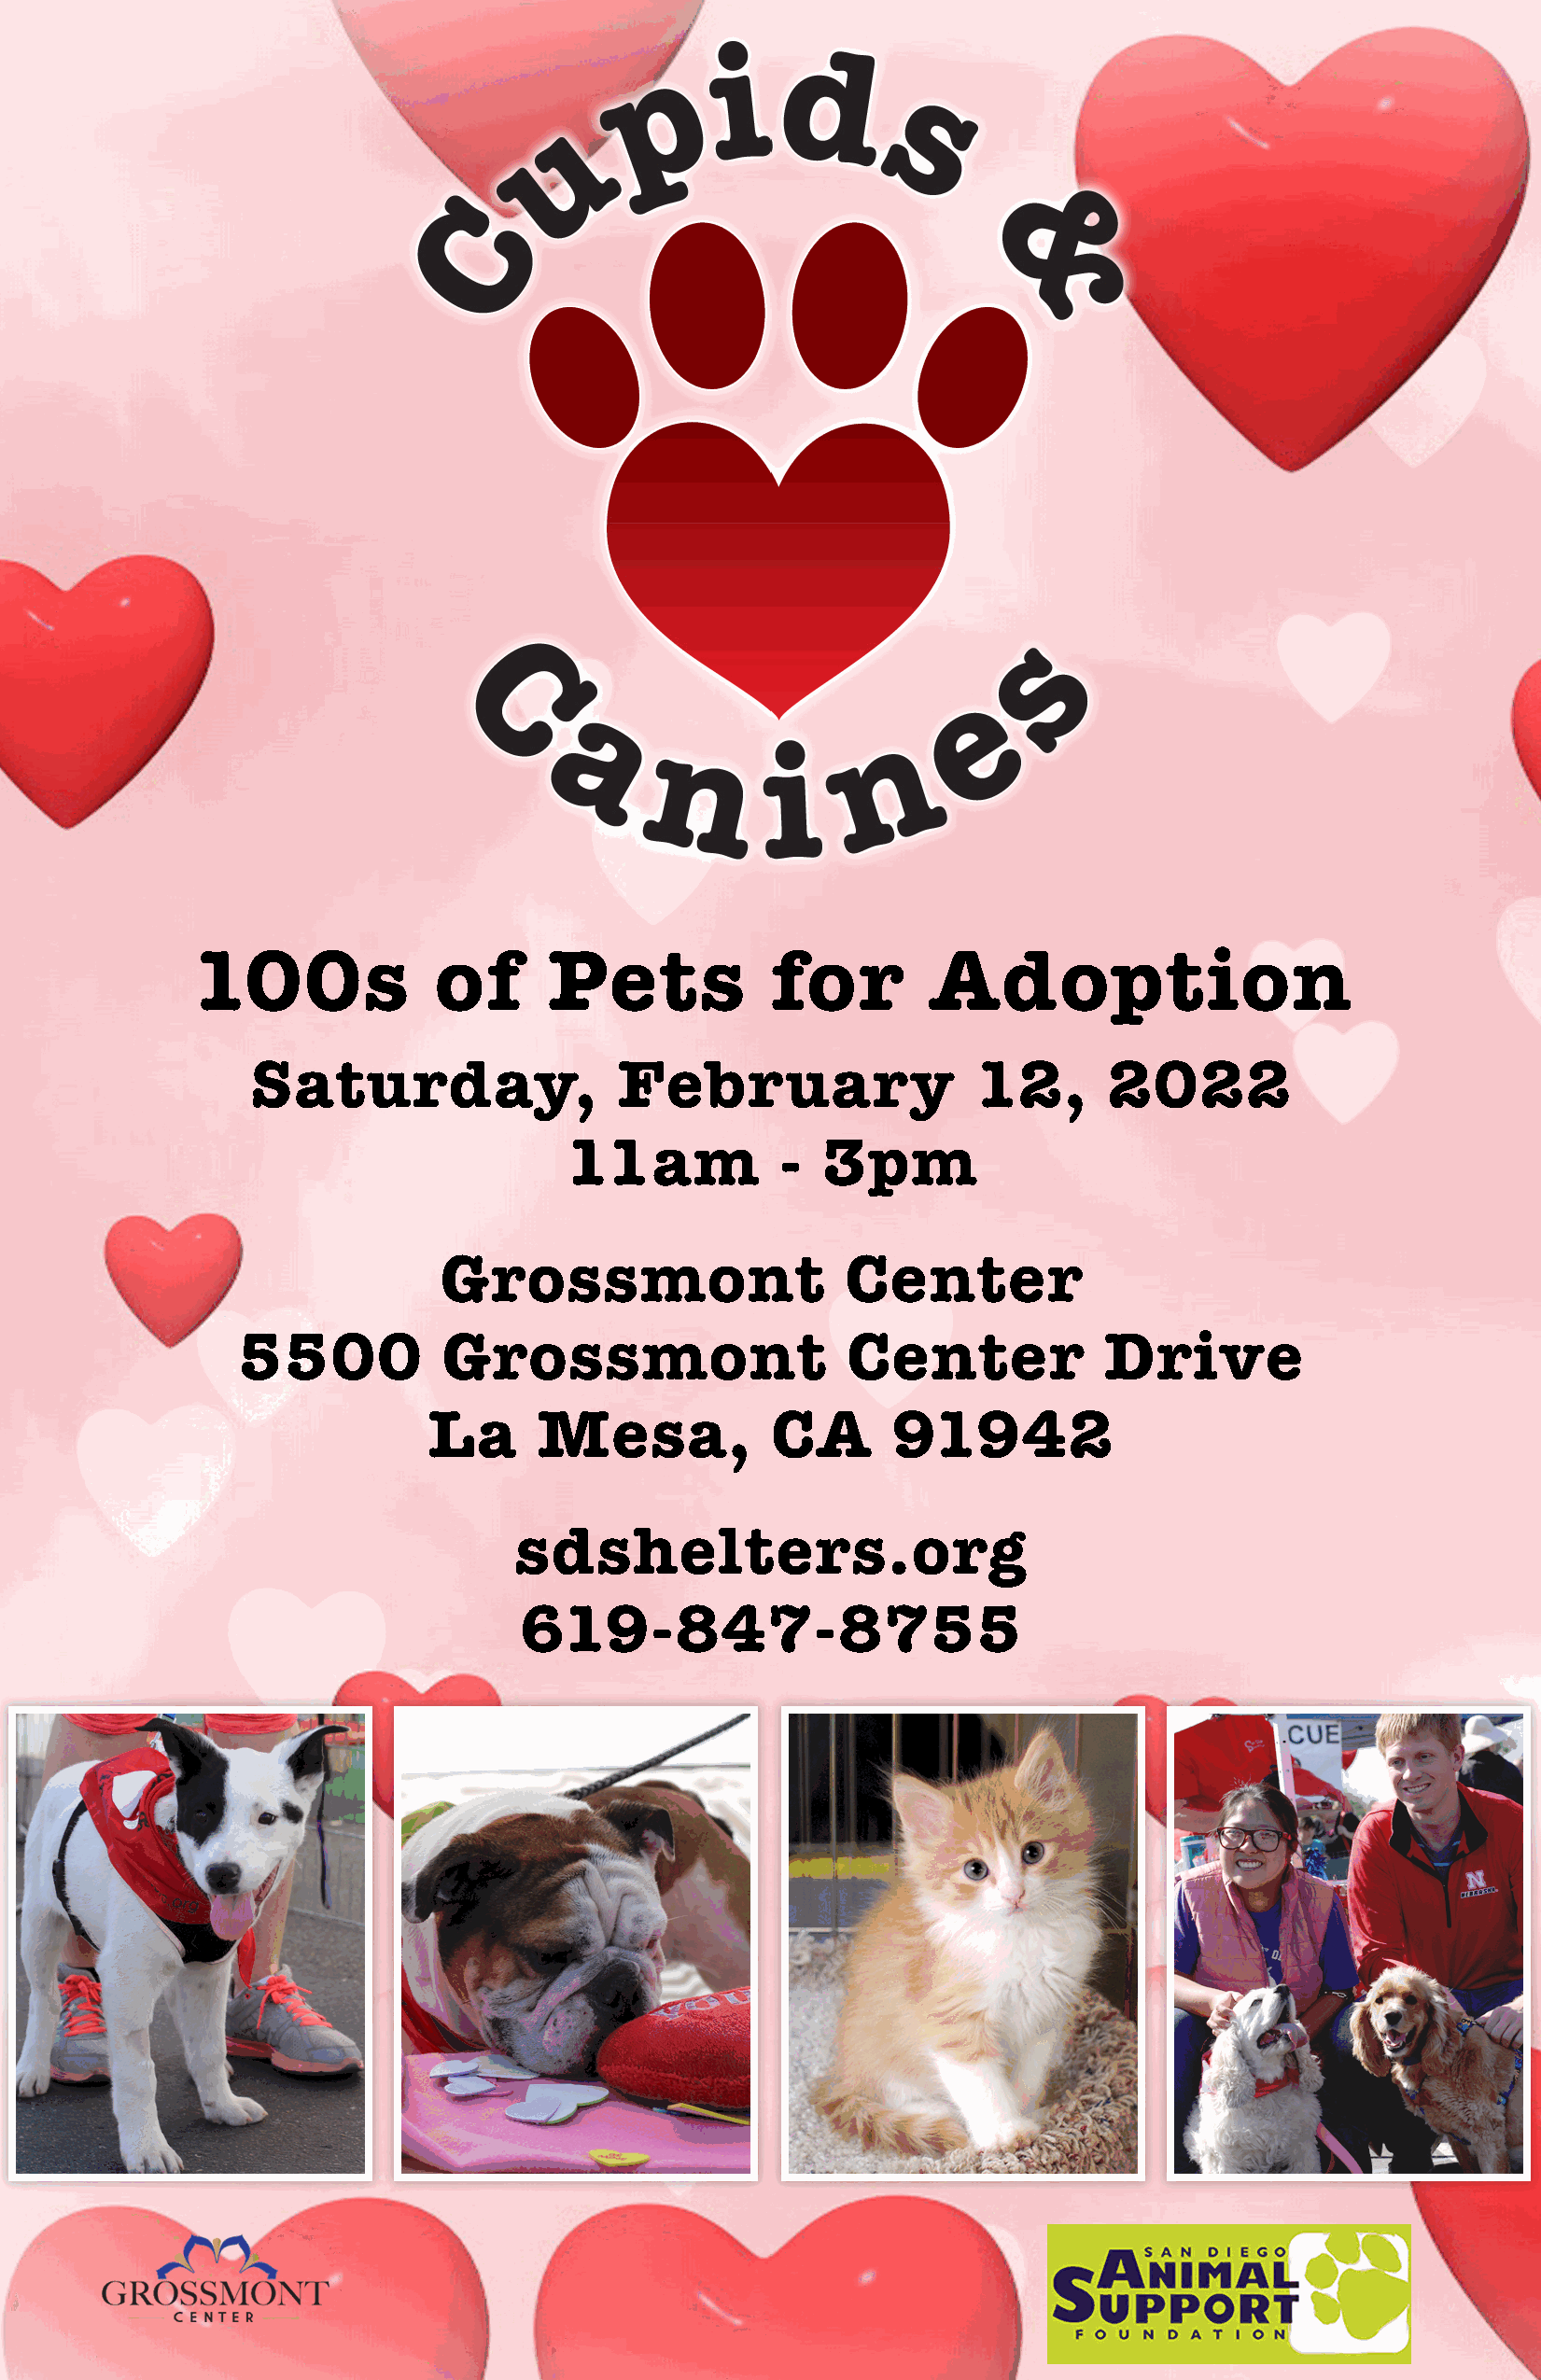
100s              of      Pets            for        Adoption
 Saturday,                 February                 12,      2022
 11am           -  3pm
 Grossmont                    Center
 5500          Grossmont                    Center            Drive
 La      M    esa,        CA      91942
 ssddsshheelltteerrss..oorg
 619-847-8755